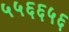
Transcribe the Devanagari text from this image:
५५६६५६